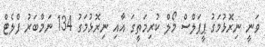
ވަނީ ނިރޮޅުމަގު ޕީޕަލްސް މޯލް ކުރިމަތީގަ އާއި ނިރޮޅުމަގު 134 ނަމްބަރު ފްލެޓް